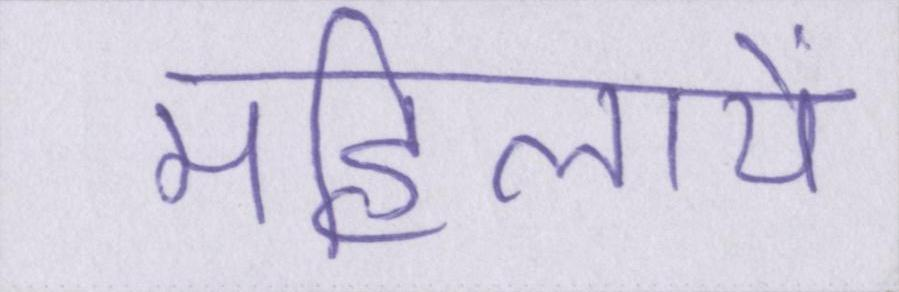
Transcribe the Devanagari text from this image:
महिलायें